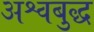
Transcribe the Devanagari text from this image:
अश्वबुद्ध